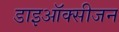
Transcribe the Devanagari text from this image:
डाइऑक्सीजन